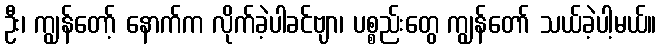
ဦး၊ ကျွန်တော့် နောက်က လိုက်ခဲ့ပါခင်ဗျာ၊ ပစ္စည်းတွေ ကျွန်တော် သယ်ခဲ့ပါ့မယ်။